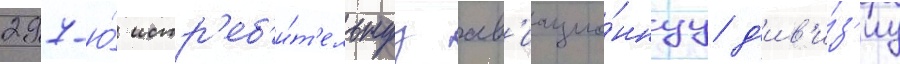
297-ю́ истр'еб'и́т'ельнуу ав'иацио́ннуу д'ив'и́з'иу